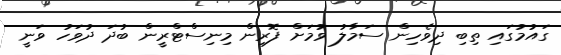
ގައުމުގައި ތިބި ދިވެހިން ސަމާލު ވުމަށް ފޮރިން މިނިސްޓްރީން ބުދަ ދުވަހު ވަނީ